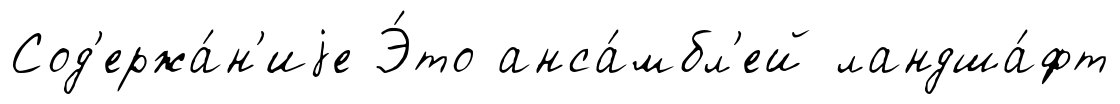
Сод'ержа́н'иjе Э́то анса́мбл'ей ландша́фт